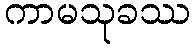
ကာမသုခဿ